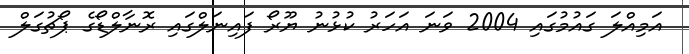
އަމިއްލަ ގައުމުގައި 2004 ވަނަ އަހަރު ކުޅުނު ޔޫރޯ ފައިނަލްގައި ރޮނާލްޑޯގެ ޕޯޗުގަލް